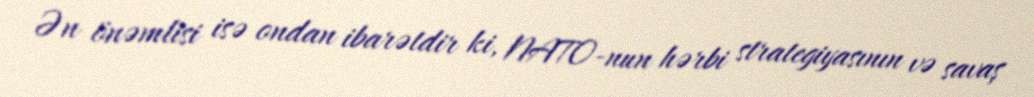
Ən önəmlisi isə ondan ibarətdir ki, NATO-nun hərbi strategiyasının və savaş